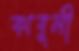
কাবুলী